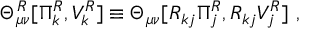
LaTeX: \Theta _ { \mu \nu } ^ { R } [ \Pi _ { k } ^ { R } , V _ { k } ^ { R } ] \equiv \Theta _ { \mu \nu } [ R _ { k j } \Pi _ { j } ^ { R } , R _ { k j } V _ { j } ^ { R } ] ~ ,